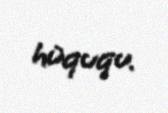
hüququ.